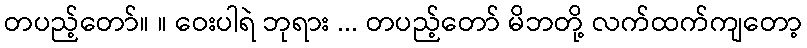
တပည့်တော်။ ။ ဝေးပါရဲ ဘုရား ... တပည့်တော် မိဘတို့ လက်ထက်ကျတော့